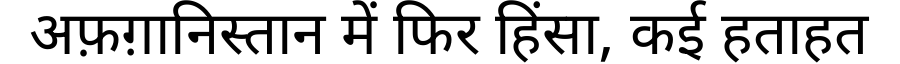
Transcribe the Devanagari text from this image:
अफ़ग़ानिस्तान में फिर हिंसा, कई हताहत